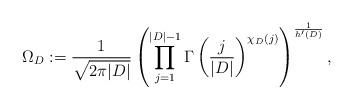
LaTeX: \begin{align*}\Omega_D:=\dfrac{1}{\sqrt{2\pi|D|}}\left(\prod_{j=1}^{|D|-1}\Gamma\left(\dfrac{j}{|D|}\right)^{\chi_D(j)}\right)^{\frac{1}{h'(D)}}, \end{align*}